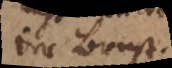
der Brust.